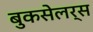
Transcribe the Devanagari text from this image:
बुकसेलर्स